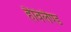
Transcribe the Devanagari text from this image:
हैविलैण्ड